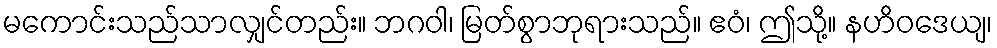
မကောင်းသည်သာလျှင်တည်း။ ဘဂဝါ၊ မြတ်စွာဘုရားသည်။ ဧဝံ၊ ဤသို့။ နဟိဝဒေယျ၊